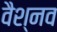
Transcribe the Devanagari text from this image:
वैश्नव